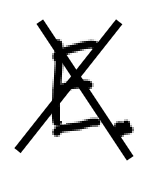
Text: E.
Cross-out: cross
Writing tool: digital_black